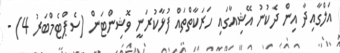
އަލްގާއިދާ އިން ދެކުނު އޭޝިއާގައި ހަރަކާތްތައް ފުޅާކުރަނީ ވޮޝިންޓަން (ސެޕްޓެމްބަރު 4) -